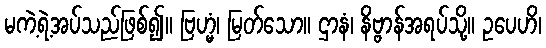
မကဲ့ရဲ့အပ်သည်ဖြစ်၍။ ဗြဟ္မံ၊ မြတ်သော။ ဌာနံ၊ နိဗ္ဗာန်အရပ်သို့။ ဥပေဟိ၊